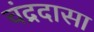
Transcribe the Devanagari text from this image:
चंद्रदासा